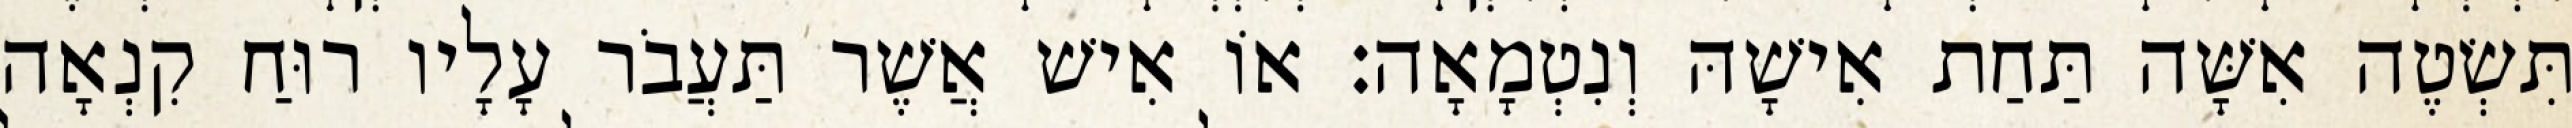
תִּשְׂטֶה אִשָּׁה תַּחַת אִישָׁהּ וְנִטְמָאָה׃ אוֹ אִישׁ אֲשֶׁר תַּעֲבֹר עָלָיו רוּחַ קִנְאָה